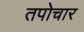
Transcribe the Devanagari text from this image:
तपोचार